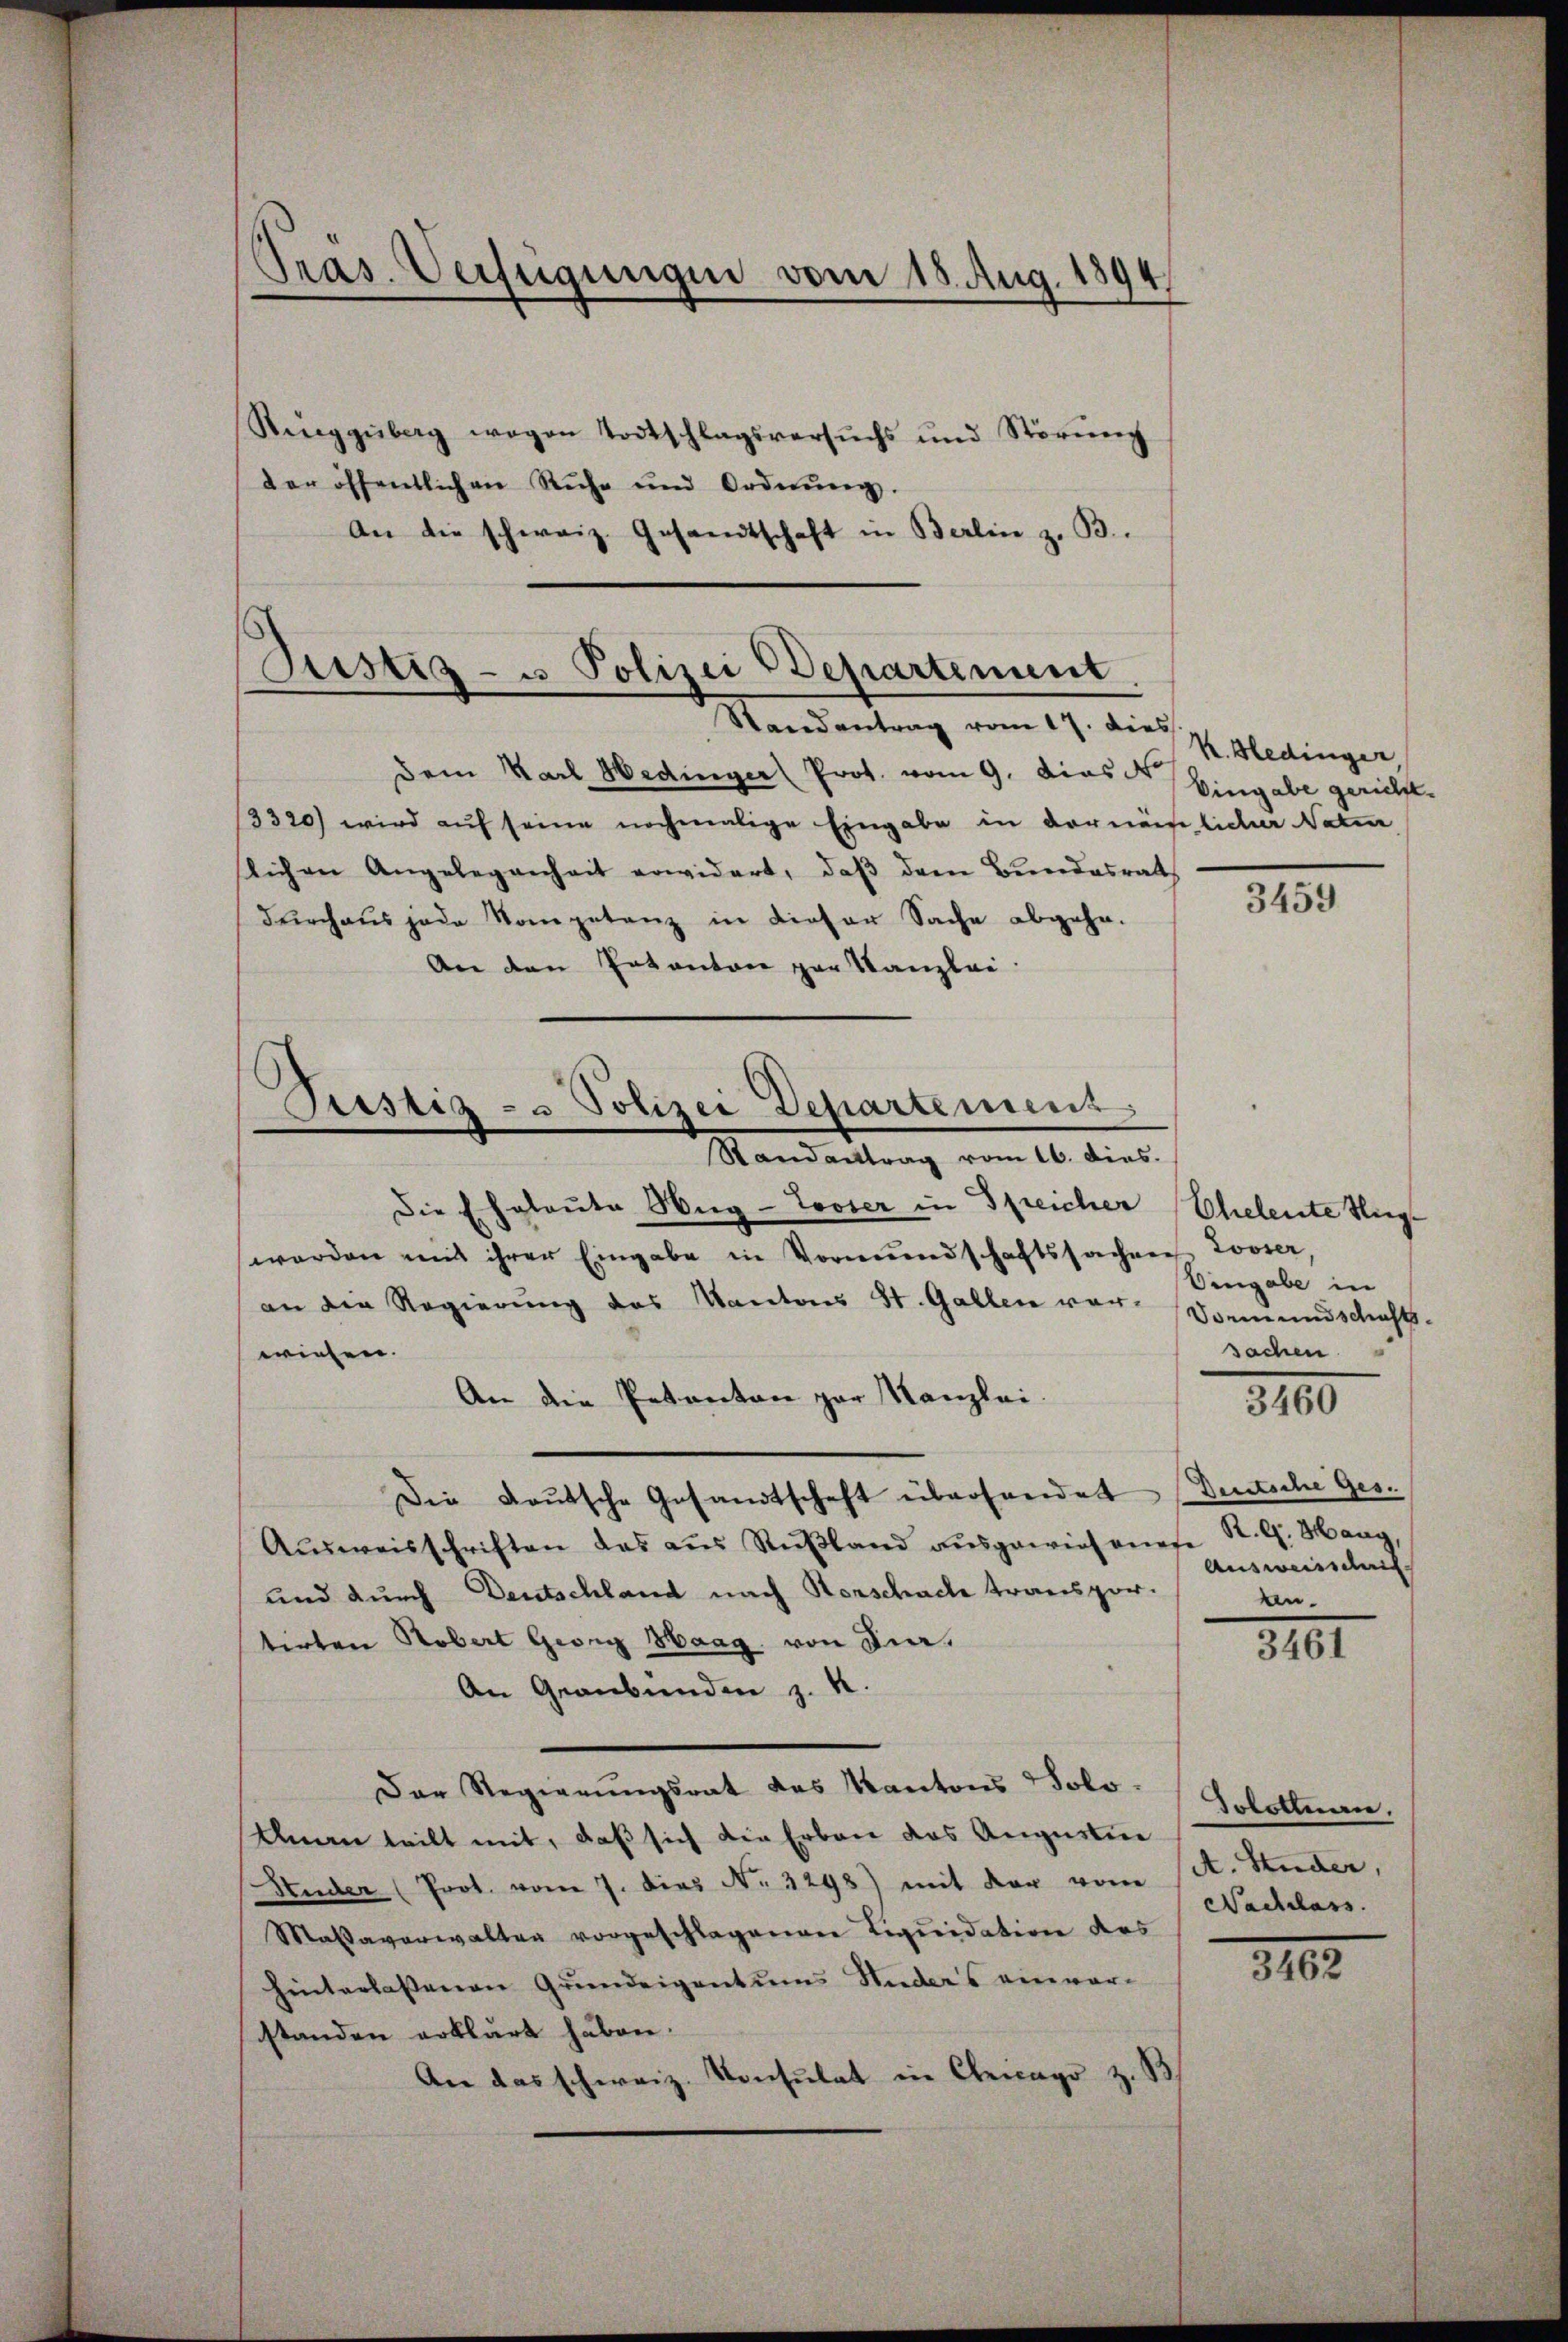
Pras. Verfügungen vom 18. Aug. 1894.

Ringgŭbag wegen Todtschlagsversuchs und Störŭng
der öffentlichen Reche und Ordnŭng.
An die schweiz. Gesandtschaft in Berlin z. B.

Justiz- u Polizei Departement

Randantrag vom 17. dies
Dem Karl Hedinger Prot. vom 9. Dies Eingabe gericht.
3320) wird auf seine nochmalige Eingabe in dermeistlicher Natur,
slichen Angelegenheit erwidert, daβ dem Bundesrat
durchaus jede Kompetanz in dieser Sache abgehe.
An den Patanton par Kanzlei
Randantrag vom 16. dies.
Die Eheleute Weg- Looser in Streicher Eheleute Huge
werden mit ihrer Eingabe in Vormundschaftssachen Looser,
an die Regierung des Kantons St. Gallen vor Vormundschafts-
wiesen.
An die Bekanton par Kanzlei-
Die Baŭtsche Gesandtschaft übersendet Deutsche Ges.
Aŭsweisschriften das aŭs Rŭβland aŭsgewiesenes K. G. Hang,
und durch Deutschland nach Horschache transportirten Robert Georg Haag von Sin¬
An Graubünden z. R.
Der Regierŭngsrat des Kantons Solo-
Aman teilt mit, daß sich die Erbau das Augustin
Studer (Prot. vom 7. dies No. 3298) mit der von
Maßaverwalten vorgeschlagenen Liquidation des
hinterlassenen Grundeigentums Anders einver-
standen erklärt haben.
An das schweiz. Konsulat in Genago z. B.

Pustiz- u Polizei Departement

k. Hedinger

3459

Eingabe in
sachen
3100
Ausweisschung
an¬

3101

Solothurn.
A. Studer,
Nachlass

310.